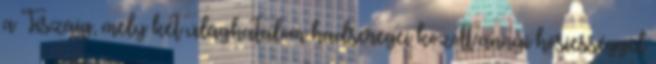
a Tiszáig, mely két világhatalom hadseregei között annyi hősiességgel